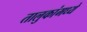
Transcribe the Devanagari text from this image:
तालुकांमध्ये